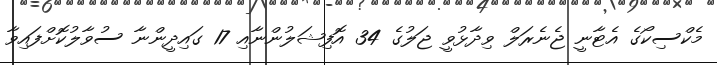
މެކްސިކޯގެ އެޓާނީ ޖެނެރަލް ވިދާޅުވީ ޖަލުގެ 34 އޮފިޝަލުންނާއި 17 ގައިދީންނާ ސުވާލުކޮށްފައިވާ